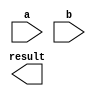
module wallace_tree_multiplier (
    input [15:0] a,
    input [15:0] b,
    output reg [31:0] result
    );

    // Partial product generator
    wire [31:0] partial_products [15:0];
    generate
        genvar i;
        for (i = 0; i < 16; i = i + 1) begin : partial_product_gen
            assign partial_products[i] = a * (b[i] == 1'b1);
        end
    endgenerate
    
    // Compressors
    wire [61:0] compressed_products [3:0];
    generate
        genvar j;
        for (j = 0; j < 4; j = j + 1) begin : compressor
            assign compressed_products[j] = partial_products[j*4] + partial_products[j*4 + 1] + partial_products[j*4 + 2] + partial_products[j*4 + 3];
        end
    endgenerate
    
    // Carry save adders
    wire [61:0] carry_save_sum [3:0];
    generate
        genvar k;
        for (k = 0; k < 4; k = k + 1) begin : carry_save_adder
            assign carry_save_sum[k] = compressed_products[k] - compressed_products[k-1];
        end
    endgenerate
    
    // Final result
    always @* begin
        result = carry_save_sum[3] + carry_save_sum[2] + carry_save_sum[1] + carry_save_sum[0];
    end
    
endmodule